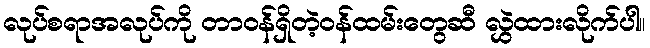
လုပ်စရာအလုပ်ကို တာဝန်ရှိတဲ့ဝန်ထမ်းတွေဆီ လွှဲထားလိုက်ပါ။